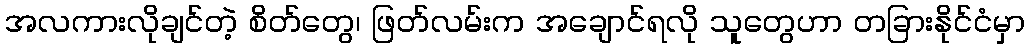
အလကားလိုချင်တဲ့ စိတ်တွေ၊ ဖြတ်လမ်းက အချောင်ရလို သူတွေဟာ တခြားနိုင်ငံမှာ